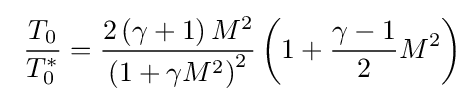
\ {\frac {T_{0}}{T_{0}^{*}}}={\frac {2\left(\gamma +1\right)M^{2}}{\left(1+\gamma M^{2}\right)^{2}}}\left(1+{\frac {\gamma -1}{2}}M^{2}\right)